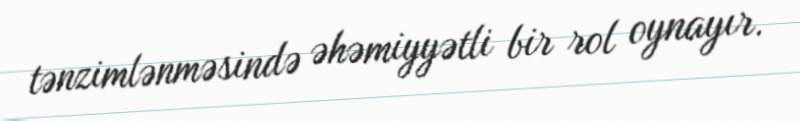
tənzimlənməsində əhəmiyyətli bir rol oynayır.